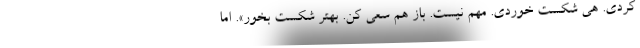
کردی. هی شکست خوردی. مهم نیست. باز هم سعی کن. بهتر شکست بخور». اما